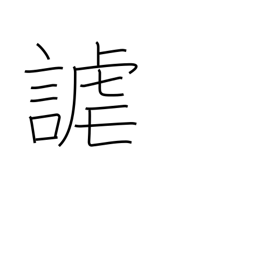
Meaning: sport with